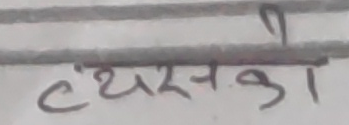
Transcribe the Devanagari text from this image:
व्यसनको